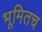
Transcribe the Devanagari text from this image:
भूमितच